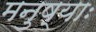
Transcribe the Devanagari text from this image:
मनुष्याः